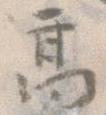
高